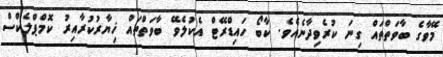
މޭވާގެ ބާވަތްތައް ގިނަ ކުރެވިދާނެއެވެ. ކާބޯ ހައިޑްރޭޓް އެކުލެވޭ ބާވަތްތައް ޚިޔާރުކުރާއިރު ކޮމްޕްލެކްސް